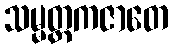
သမ္မတ္တကဇာတေ